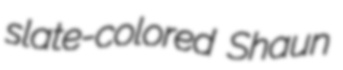
slate-colored Shaun